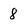
Character: 8